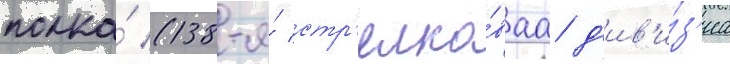
полка́ (138-я́ стр'елко́ваа д'ив'и́з'иа